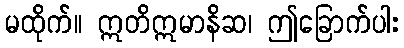
မထိုက်။ ဣတိဣမာနိဆ၊ ဤခြောက်ပါး